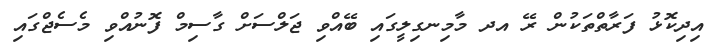
އިދިކޮޅު ފަރާތްތަކުން ރޭ އދ މާމިނގިލީގައި ބޭއްވި ޖަލްސަށް ގާސިމް ފޮނުއްވި މެސެޖްގައި